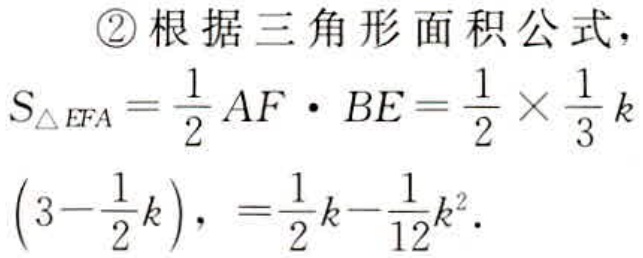
\begin{enumerate}
\item 根据三角形面积公式，
\[
\begin{align*}
S_{\triangle EFA}&=\frac{1}{2}AF\cdot BE=\frac{1}{2}\times\frac{1}{3}k\left(3 - \frac{1}{2}k\right),\\
&=\frac{1}{2}k-\frac{1}{12}k^{2}.
\end{align*}
\]
\end{enumerate}